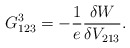
\begin{align*} G^3_{123}=-\frac{1}{e}\frac{\delta W}{\delta V_{213}}.\end{align*}